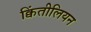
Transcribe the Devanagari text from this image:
क्विंतीलियन